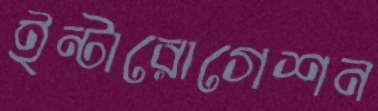
ইন্টারোগেশন